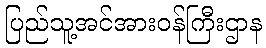
ပြည်သူ့အင်အားဝန်ကြီးဌာန